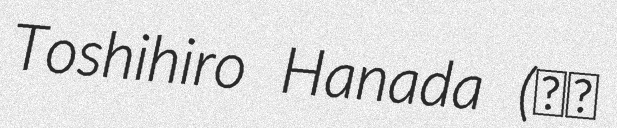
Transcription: Toshihiro Hanada (花田